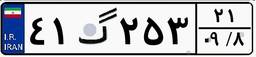
۴۱گ۲۵۳۲۱